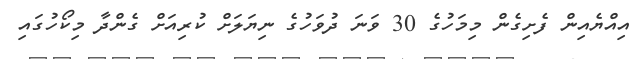
އިއްޔެއިން ފެށިގެން މިމަހުގެ 30 ވަނަ ދުވަހުގެ ނިޔަލަށް ކުރިއަށް ގެންދާ މިކޯހުގައި